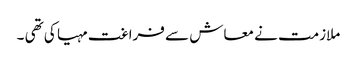
ملازمت نے معاش سے فراغت مہیا کی تھی ۔